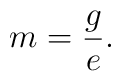
m = \frac{g}{e}.